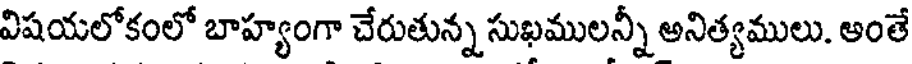
విషయలోకంలో బాహ్యంగా చేరుతున్న సుఖములన్నీ అనిత్యములు. అంతే